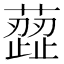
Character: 䔼